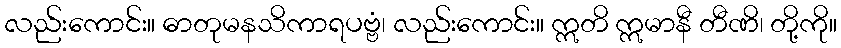
လည်းကောင်း။ ဓာတုမနသိကာရပဗ္ဗံ၊ လည်းကောင်း။ ဣတိ ဣမာနီ တီဏိ၊ တို့ကို။